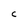
Character: c